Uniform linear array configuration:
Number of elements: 12
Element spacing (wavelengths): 0.75
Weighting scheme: binomial
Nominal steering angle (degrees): -45
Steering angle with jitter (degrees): -44.023
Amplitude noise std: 0.05
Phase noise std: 0.05

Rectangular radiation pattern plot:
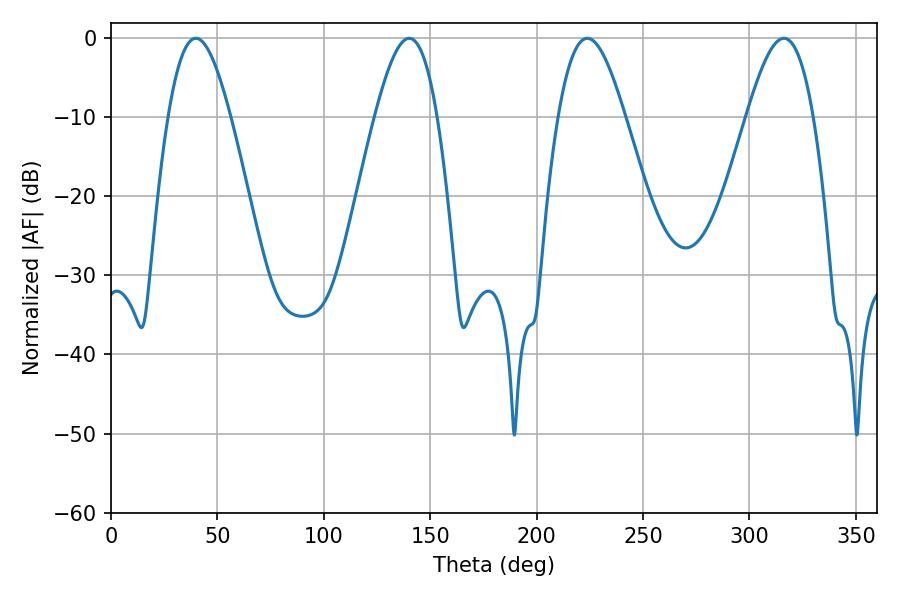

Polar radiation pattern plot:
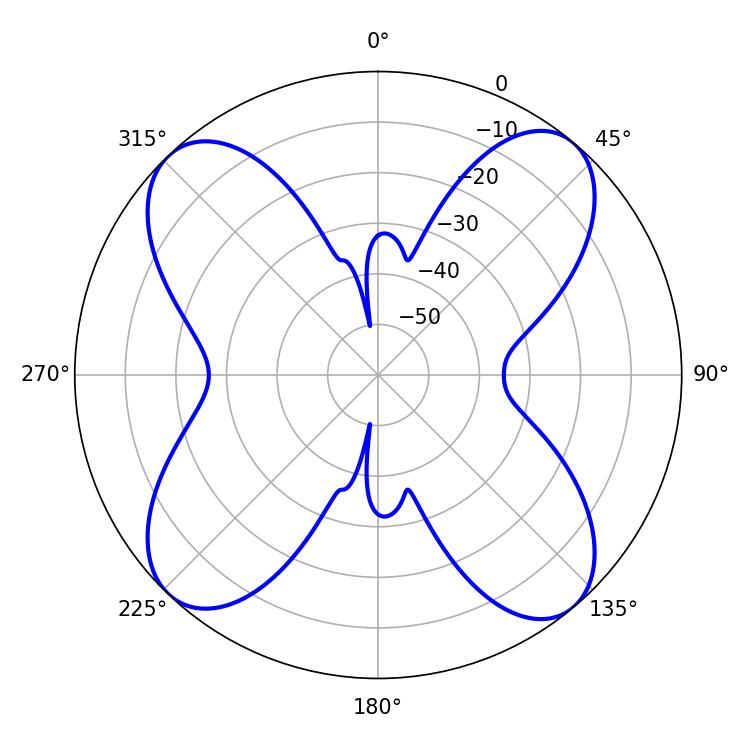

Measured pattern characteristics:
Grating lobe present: TRUE
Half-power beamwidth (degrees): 16.92
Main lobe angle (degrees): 223.74